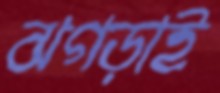
ঝগড়াই